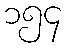
၁၅၄